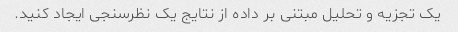
یک تجزیه و تحلیل مبتنی بر داده از نتایج یک نظرسنجی ایجاد کنید.